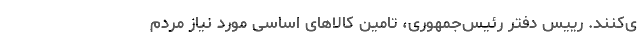
ی‌کنند. رییس دفتر رئیس‌جمهوری، تامین کالاهای اساسی مورد نیاز مردم